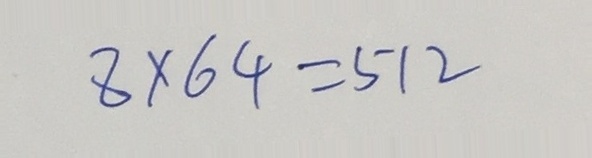
8 \times 6 4 = 5 1 2